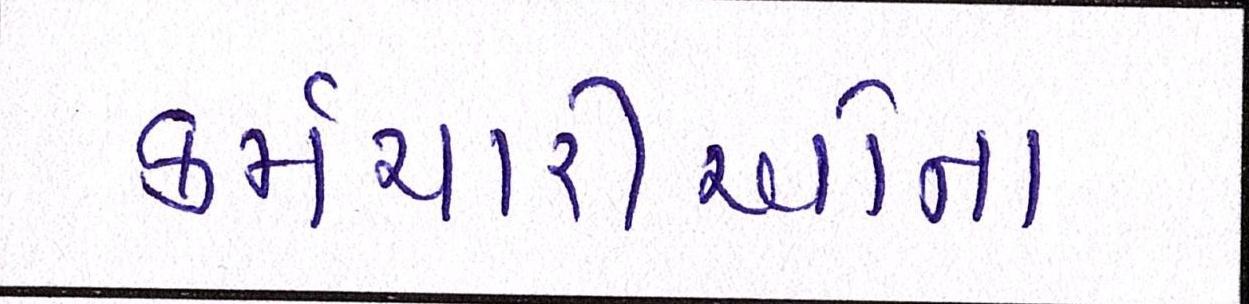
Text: કર્મચારીઓના